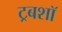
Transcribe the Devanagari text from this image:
ट्रबशॉ